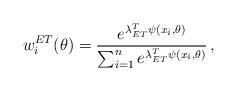
LaTeX: \begin{align*}w_i^{ET}(\theta) = \frac{e^{\lambda^T_{ET} \psi(x_i, \theta)}}{\sum_{i=1}^n e^{\lambda_{ET}^T\psi(x_i, \theta)}} \,,\end{align*}